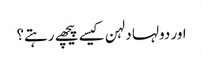
اور دولہا دلہن کیسے پیچھے رہتے؟